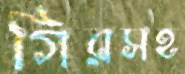
গিরসহ